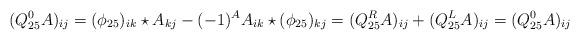
LaTeX: \begin{align*}(Q_{25}^0A)_{ij}=(\phi_{25})_{ik}\star A_{kj}-(-1)^AA_{ik}\star(\phi_{25})_{kj}=(Q_{25}^RA)_{ij}+(Q_{25}^LA)_{ij}=(Q_{25}^0A)_{ij}\end{align*}